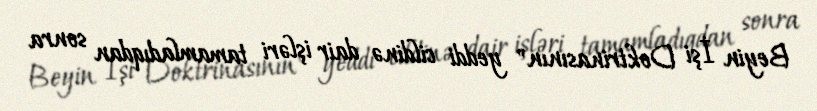
Beyin İşi Doktrinasının" yeddi cildinə dair işləri tamamladıqdan sonra